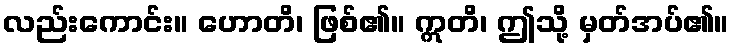
လည်းကောင်း။ ဟောတိ၊ ဖြစ်၏။ ဣတိ၊ ဤသို့ မှတ်အပ်၏။